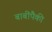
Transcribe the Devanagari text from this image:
बाबींपैकी